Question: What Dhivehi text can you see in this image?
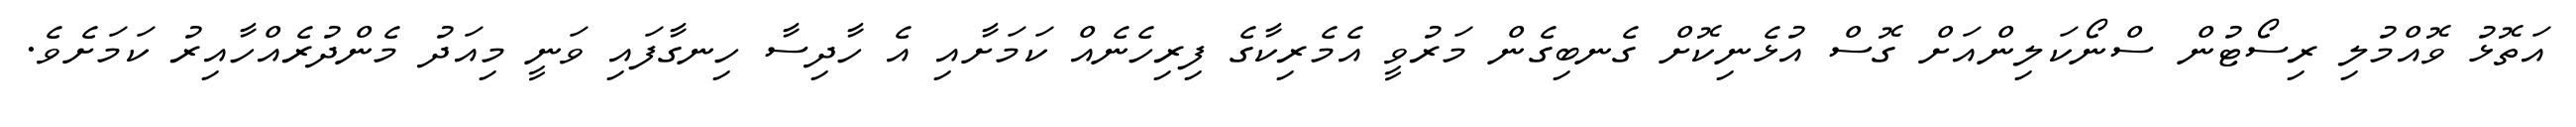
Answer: އަތޮޅު ވޮއްމުލި ރިސޯޓުން ސްނޯކަލިންއަށް ގޮސް އުޅެނިކޮށް ގެނބިގެން މަރުވީ އެމެރިކާގެ ފިރިހެނެއް ކަމަށާއި އެ ހާދިސާ ހިނގާފައި ވަނީ މިއަދު މެންދުރެއްހާއިރު ކަމަށެވެ.